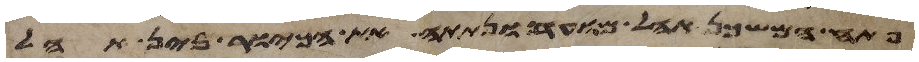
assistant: פתח המשכן אהל מועד ונתתה את הכיור בין אהל